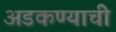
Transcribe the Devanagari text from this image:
अडकण्याची